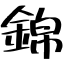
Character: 錦